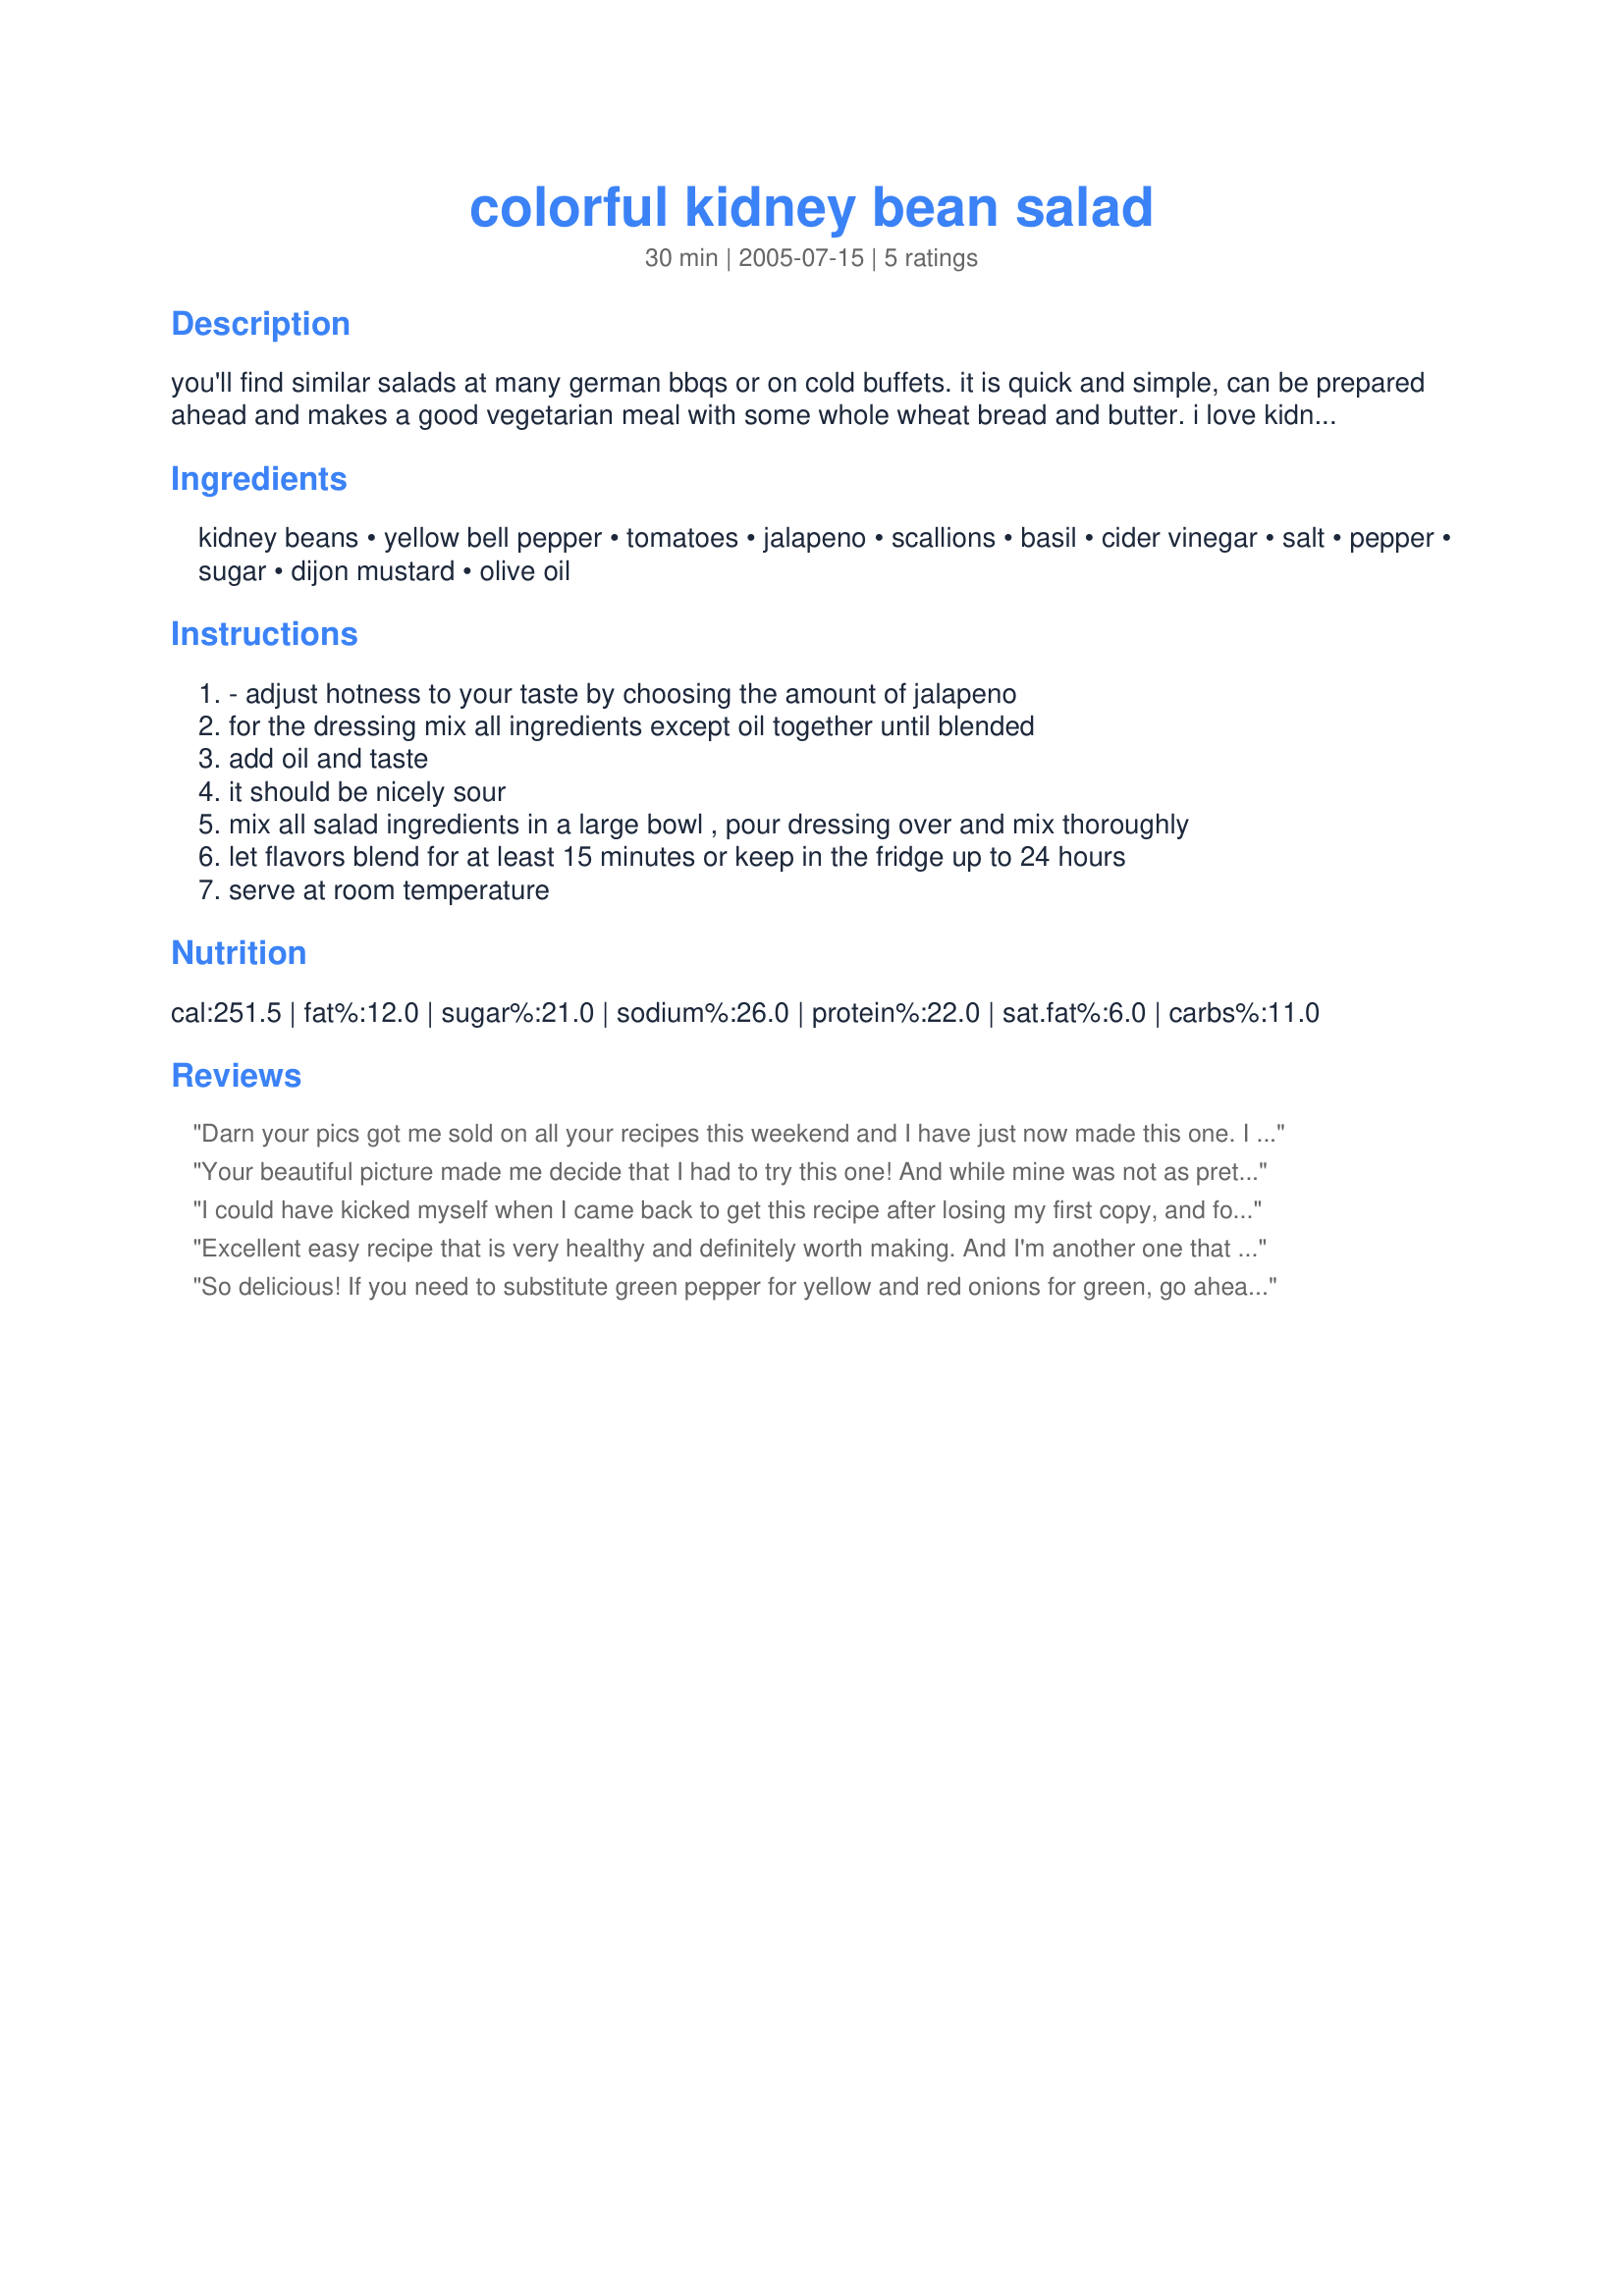
colorful kidney bean salad
Preparation time: 30 minutes

you'll find similar salads at many german bbqs or on cold buffets. it is quick and simple, can be prepared ahead and makes a good vegetarian meal with some whole wheat bread and butter. i love kidney beans and i love salad, so this is among my favorites.- i like it with some tang from the vinegar, feel free to add a little more sugar.

Ingredients:
kidney beans, yellow bell pepper, tomatoes, jalapeno, scallions, basil, cider vinegar, salt, pepper, sugar, dijon mustard, olive oil

Steps:
- adjust hotness to your taste by choosing the amount of jalapeno
for the dressing mix all ingredients except oil together until blended
add oil and taste
it should be nicely sour
mix all salad ingredients in a large bowl , pour dressing over and mix thoroughly
let flavors blend for at least 15 minutes or keep in the fridge up to 24 hours
serve at room temperature

Reviews:
Darn your pics got me sold on all your recipes this weekend and I have just now made this one. I am very inclined to veg food and you have some great veg friendly recipes. Please keep 'em coming (oh and the photos too!!)
Your beautiful picture made me decide that I had to try this one! And while mine was not as pretty (I used a combination of green and purple pepper for the yellow and had to leave out the basil as I realized, at the last minute, I was out.) it was incredibly wonderful. This has been what my husband and I have taken for lunch the last few days and it has been excellent. Nice flavor and texture as well as very very healthy. Thank you Inge!
I could have kicked myself when I came back to get this recipe after losing my first copy, and found that I never rated this. The picture really caught my eye too. Thats when I tried it and this has become another favorite in our household. The fresh tomatoes, onion and peppers really give what would have been just another bean salad a definite edge. The jalapeno gives a nice kick to it. I felt the salad was close enough to a fresh salsa so I serve this with tortillia shell scoops. I will make sure I have more than one copy of the recipe from now on. On the side, I have also found that the basic vinegar/oil or lemon/oil dressing that comes with this so good that I use it has a staple dressing for my green salads as well because it has just the right balance of oil and vinegar and the seasonings/ flavorings do not complicate the flavor of this dressing, so instead of overpowering my salads it simply compliments them.
Excellent easy recipe that is very healthy and definitely worth making.
And I'm another one that fell for the photo! Great shot!
So delicious! If you need to substitute green pepper for yellow and red onions for green, go ahead! The dressing is tasty and the colors so pretty.
